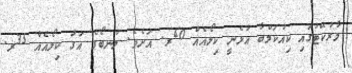
މާރުކޭޓުގައި ކިއުކަމްބާ އުޅެނީ ކިލޯއެއް 40ރ. އަށެވެ. ލުނބޯގެ އަގު ކިލޯއެއް 35ރ.